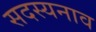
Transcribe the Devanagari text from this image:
सदस्यनाव